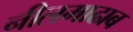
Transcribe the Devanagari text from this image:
नीलमाढाब